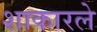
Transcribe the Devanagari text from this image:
शाकारले